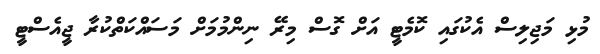
މުޅި މަޖިލިސް އެކުގައި ކޮމެޓީ އަށް ގޮސް މިރޭ ނިންމުމަށް މަސައްކަތްކުރާ ޖީއެސްޓީ